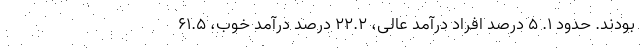
بودند. حدود ۱. ۵ درصد افراد درآمد عالی، ۲۲.۲ درصد درآمد خوب، ۶۱.۵